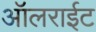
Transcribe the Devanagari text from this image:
ऑलराईट